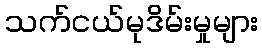
သက်ငယ်မုဒိမ်းမှုများ